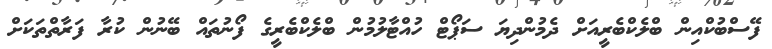
ފޭސްބުކްއިން ބްލެކްބެރީއަށް ދެމުންދިޔަ ސަޕޯޓް ހުއްޓާލުމުން ބްލެކްބެރީގެ ފޯނުތައް ބޭނުން ކުރާ ފަރާތްތަކަށް